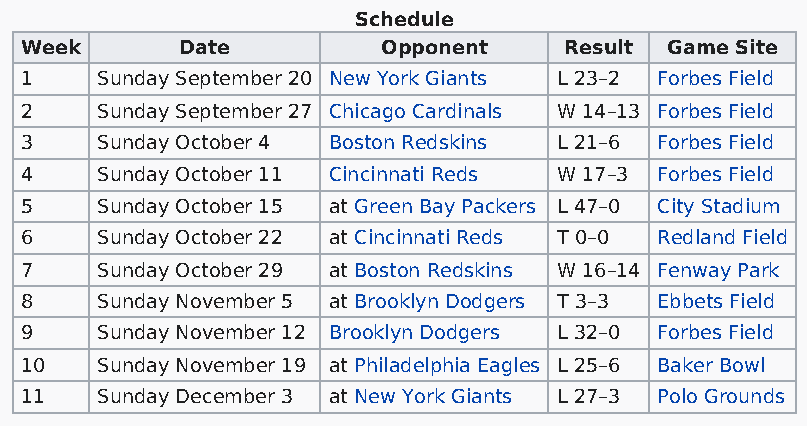
Schedule
 Week       Date         Opponent    Result Game Site
 1    Sunday September 20 New York Giants L 23–2 Forbes Field
 2    Sunday September 27 Chicago Cardinals W 14–13 Forbes Field
 3    Sunday October 4 Boston Redskins L 21–6 Forbes Field
 4    Sunday October 11 Cincinnati Reds W 17–3 Forbes Field
 5    Sunday October 15 at Green Bay Packers L 47–0 City Stadium
 6    Sunday October 22 at Cincinnati Reds T 0–0 Redland Field
 7    Sunday October 29 at Boston Redskins W 16–14 Fenway Park
 8    Sunday November 5 at Brooklyn Dodgers T 3–3 Ebbets Field
 9    Sunday November 12 Brooklyn Dodgers L 32–0 Forbes Field
 10   Sunday November 19 at Philadelphia Eagles L 25–6 Baker Bowl
 11   Sunday December 3 at New York Giants L 27–3 Polo Grounds